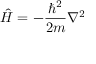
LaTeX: { \hat { H } } = - { \frac { \hbar ^ { 2 } } { 2 m } } \nabla ^ { 2 }